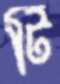
টি